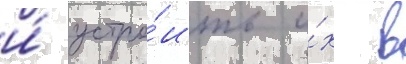
и́ устро́ить и́х в